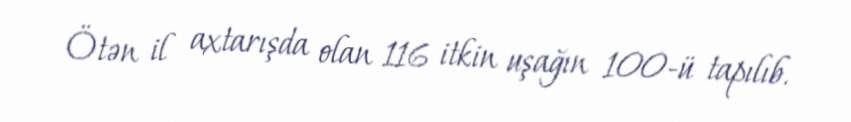
Ötən il axtarışda olan 116 itkin uşağın 100-ü tapılıb.